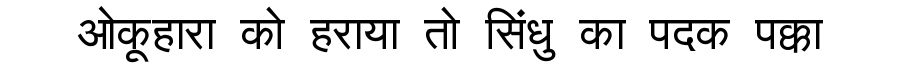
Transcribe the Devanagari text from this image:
ओकूहारा को हराया तो सिंधु का पदक पक्का